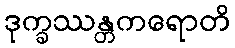
ဒုက္ခဿန္တကရောတိ